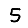
Digit: 5